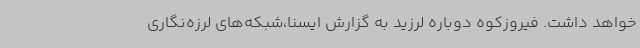
خواهد داشت. فیروزکوه دوباره لرزید به گزارش ایسنا،شبکه‌های لرزه‌نگاری